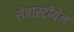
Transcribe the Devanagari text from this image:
सेबास्टीयेन